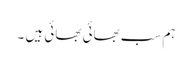
ہم سب بھائی بھائی ہیں ۔